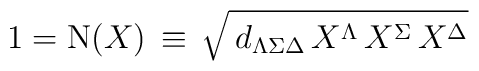
1= \mathrm{N}(X) \, \equiv \, \sqrt{ \, d_{\Lambda\Sigma\Delta} \,  X^\Lambda \, X^\Sigma \, X^\Delta }